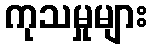
ကုသမှုများ